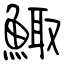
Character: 鯫